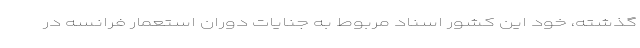
گذشته، خود این کشور اسناد مربوط به جنایات دوران استعمار فرانسه در